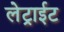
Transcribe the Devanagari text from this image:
लेट्राईट